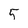
Character: 5